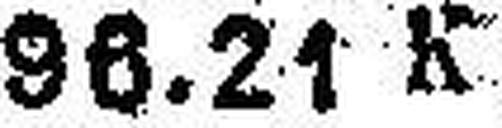
96.21 K